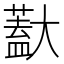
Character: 𱘽